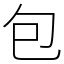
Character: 包